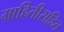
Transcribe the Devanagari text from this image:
माहितीसहित